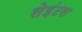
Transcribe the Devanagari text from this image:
सेइंटस